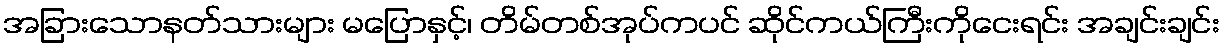
အခြားသောနတ်သားများ မပြောနှင့်၊ တိမ်တစ်အုပ်ကပင် ဆိုင်ကယ်ကြီးကိုငေးရင်း အချင်းချင်း